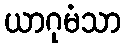
ယာဂုမံသာ